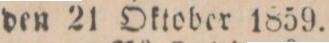
den 21 Oktober 1859.